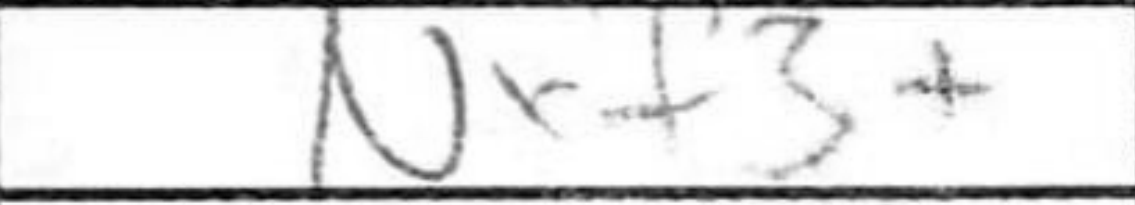
Transcription: Nxf3+